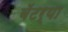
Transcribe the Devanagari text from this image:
बॅटर्‍या